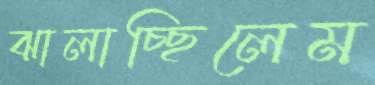
ঝালাচ্ছিলেম